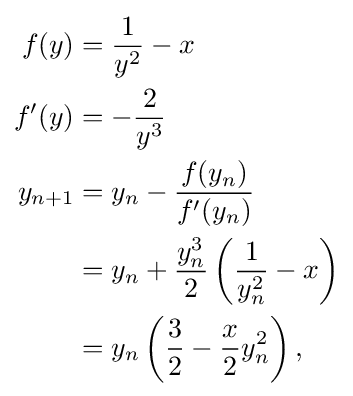
{\begin{aligned}f(y)&={\frac {1}{y^{2}}}-x\\f'(y)&=-{\frac {2}{y^{3}}}\\y_{n+1}&=y_{n}-{\frac {f(y_{n})}{f'(y_{n})}}\\&=y_{n}+{\frac {y_{n}^{3}}{2}}\left({\frac {1}{y_{n}^{2}}}-x\right)\\&=y_{n}\left({\frac {3}{2}}-{\frac {x}{2}}y_{n}^{2}\right),\end{aligned}}